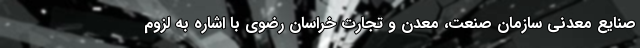
صنایع معدنی سازمان صنعت، معدن و تجارت خراسان رضوی با اشاره به لزوم